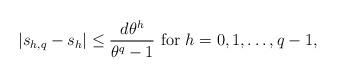
LaTeX: \begin{align*} |s_{h,q}-s_h|\le\frac{d\theta^{h}}{\theta^{q}-1}~{\rm for}~h=0,1,\dots,q-1,\end{align*}